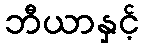
ဘီယာနှင့်